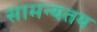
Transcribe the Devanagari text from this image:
सामन्यतय